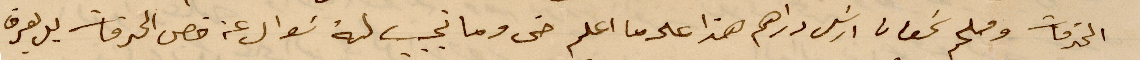
الخدمات وملحم سمعان ارسل دراهم هذا على ما اعلم  حتى وما نجب له سؤال عن قص الخدمات بل يعرف